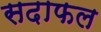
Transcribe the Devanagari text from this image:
सदाफल